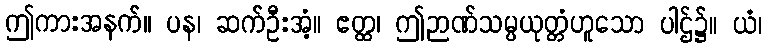
ဤကားအနက်။ ပန၊ ဆက်ဦးအံ့။ ဧတ္ထ၊ ဤဉာဏ်သမ္ပယုတ္တံဟူသော ပါဌ်၌။ ယံ၊